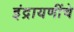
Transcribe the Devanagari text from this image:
इंद्रायणींचे